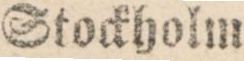
Stockholm.